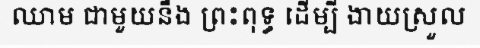
ឈាម ជាមួយនឹង ព្រះពុទ្ធ ដើម្បី ងាយស្រួល